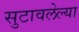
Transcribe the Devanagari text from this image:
सुटावलेल्या